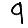
Digit: 9